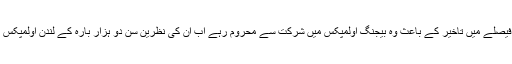
عدالتی فیصلے میں تاخیر کے باعث وہ بیجنگ اولمپکس میں شرکت سے محروم رہے اب اُن کی نظرین سن دو ہزار بارہ کے لندن اولمپکس پر ہیں۔